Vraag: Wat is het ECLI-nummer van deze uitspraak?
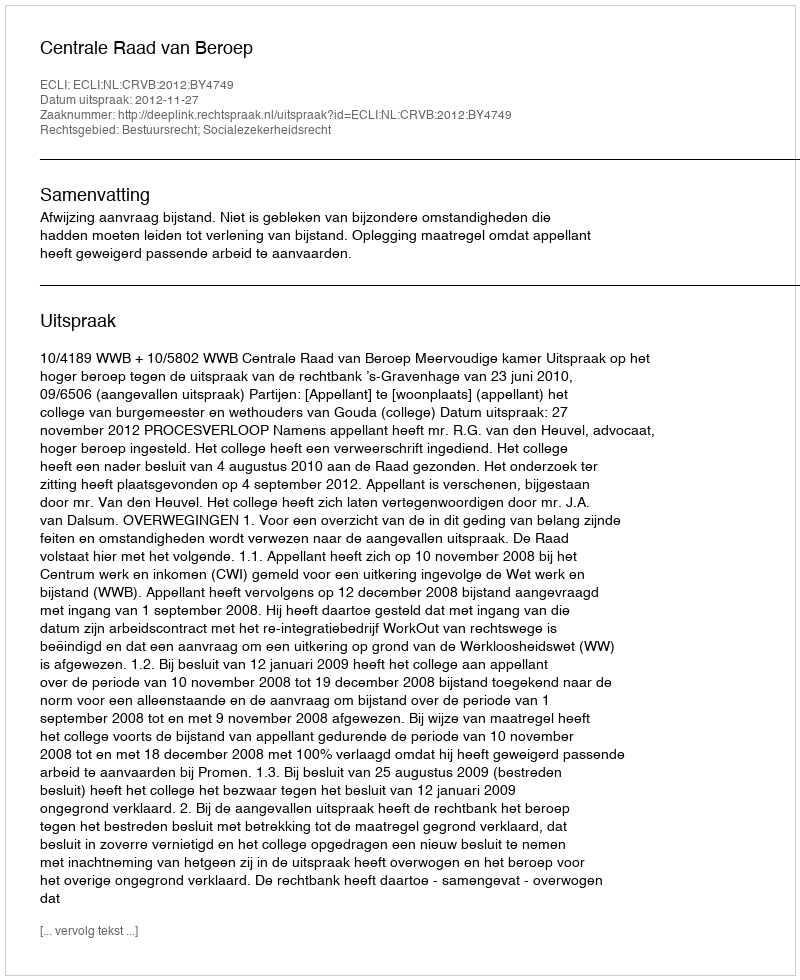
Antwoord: ECLI:NL:CRVB:2012:BY4749